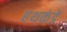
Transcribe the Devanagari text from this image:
हथकंडें